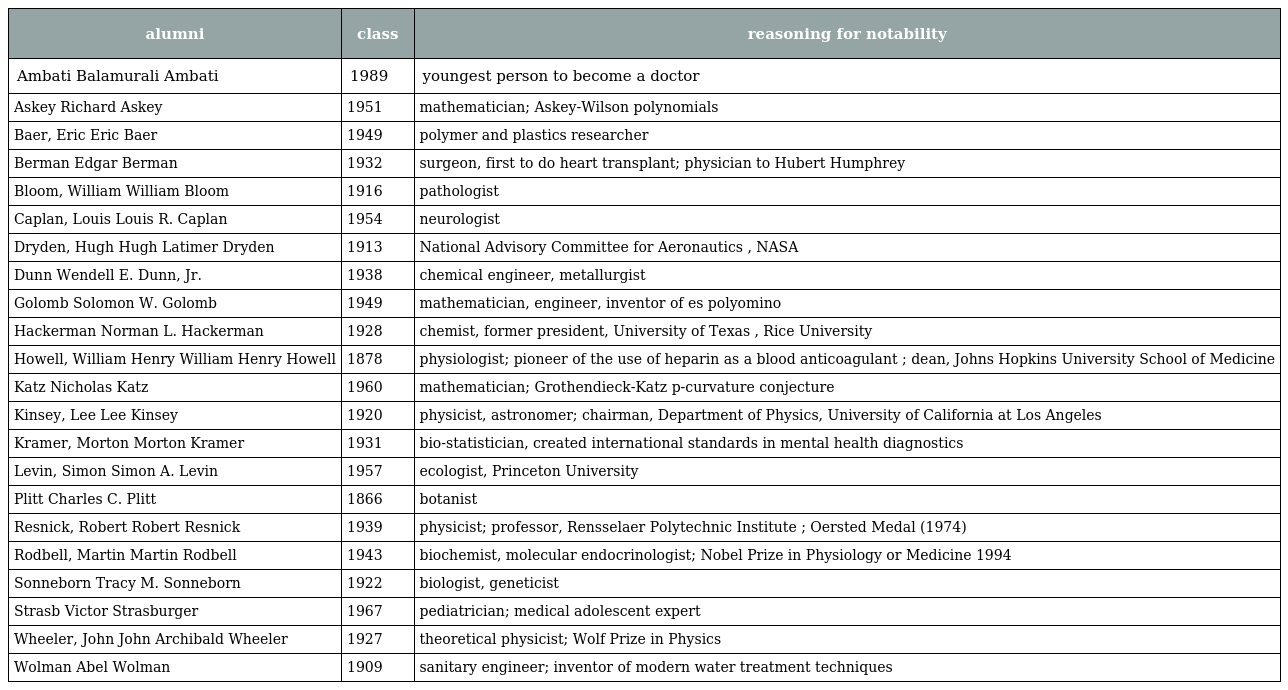
| alumni | class | reasoning for notability |
 | --- | --- | --- |
 | Ambati Balamurali Ambati | 1989 | youngest person to become a doctor |
 | Askey Richard Askey | 1951 | mathematician; Askey-Wilson polynomials |
 | Baer, Eric Eric Baer | 1949 | polymer and plastics researcher |
 | Berman Edgar Berman | 1932 | surgeon, first to do heart transplant; physician to Hubert Humphrey |
 | Bloom, William William Bloom | 1916 | pathologist |
 | Caplan, Louis Louis R. Caplan | 1954 | neurologist |
 | Dryden, Hugh Hugh Latimer Dryden | 1913 | National Advisory Committee for Aeronautics , NASA |
 | Dunn Wendell E. Dunn, Jr. | 1938 | chemical engineer, metallurgist |
 | Golomb Solomon W. Golomb | 1949 | mathematician, engineer, inventor of es polyomino |
 | Hackerman Norman L. Hackerman | 1928 | chemist, former president, University of Texas , Rice University |
 | Howell, William Henry William Henry Howell | 1878 | physiologist; pioneer of the use of heparin as a blood anticoagulant ; dean, Johns Hopkins University School of Medicine |
 | Katz Nicholas Katz | 1960 | mathematician; Grothendieck-Katz p-curvature conjecture |
 | Kinsey, Lee Lee Kinsey | 1920 | physicist, astronomer; chairman, Department of Physics, University of California at Los Angeles |
 | Kramer, Morton Morton Kramer | 1931 | bio-statistician, created international standards in mental health diagnostics |
 | Levin, Simon Simon A. Levin | 1957 | ecologist, Princeton University |
 | Plitt Charles C. Plitt | 1866 | botanist |
 | Resnick, Robert Robert Resnick | 1939 | physicist; professor, Rensselaer Polytechnic Institute ; Oersted Medal (1974) |
 | Rodbell, Martin Martin Rodbell | 1943 | biochemist, molecular endocrinologist; Nobel Prize in Physiology or Medicine 1994 |
 | Sonneborn Tracy M. Sonneborn | 1922 | biologist, geneticist |
 | Strasb Victor Strasburger | 1967 | pediatrician; medical adolescent expert |
 | Wheeler, John John Archibald Wheeler | 1927 | theoretical physicist; Wolf Prize in Physics |
 | Wolman Abel Wolman | 1909 | sanitary engineer; inventor of modern water treatment techniques |